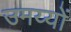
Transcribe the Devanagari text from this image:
उमय्यों